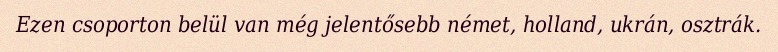
Ezen csoporton belül van még jelentősebb német, holland, ukrán, osztrák.